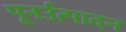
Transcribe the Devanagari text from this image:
पूनर्उत्पादन